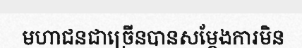
មហាជនជាច្រើនបានសម្តែងការមិន